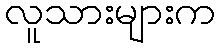
လူသားများက